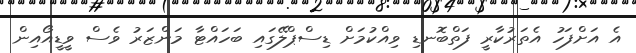
އެ އަށްފަހު އެތަރުކާރީ ފަތްބޮނޑި ވިއްކުމަށް ޑިސްޕްލޭގައި ބަހައްޓާ މަންޒަރު ވެސް ވީޑީއޯއިން